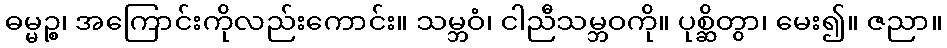
ဓမ္မဉ္စ၊ အကြောင်းကိုလည်းကောင်း။ သမ္ဘဝံ၊ ငါညီသမ္ဘဝကို။ ပုစ္ဆိတွာ၊ မေး၍။ ဇညာ။